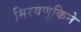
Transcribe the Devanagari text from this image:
मिरवणूकिने